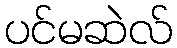
ပင်မဆဲလ်